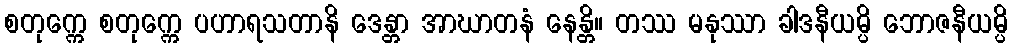
စတုက္ကေ စတုက္ကေ ပဟာရသတာနိ ဒေန္တာ အာဃာတနံ နေန္တိ။ တဿ မနုဿာ ခါဒနီယမ္ပိ ဘောဇနီယမ္ပိ